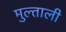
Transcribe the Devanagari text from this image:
मुल्ताली